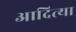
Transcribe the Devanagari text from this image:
आदित्या